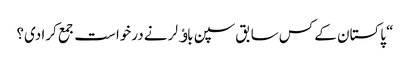
“ پاکستان کے کس سابق سپن باﺅلر نے درخواست جمع کرا دی؟